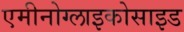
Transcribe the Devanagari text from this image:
एमीनोग्लाइकोसाइड